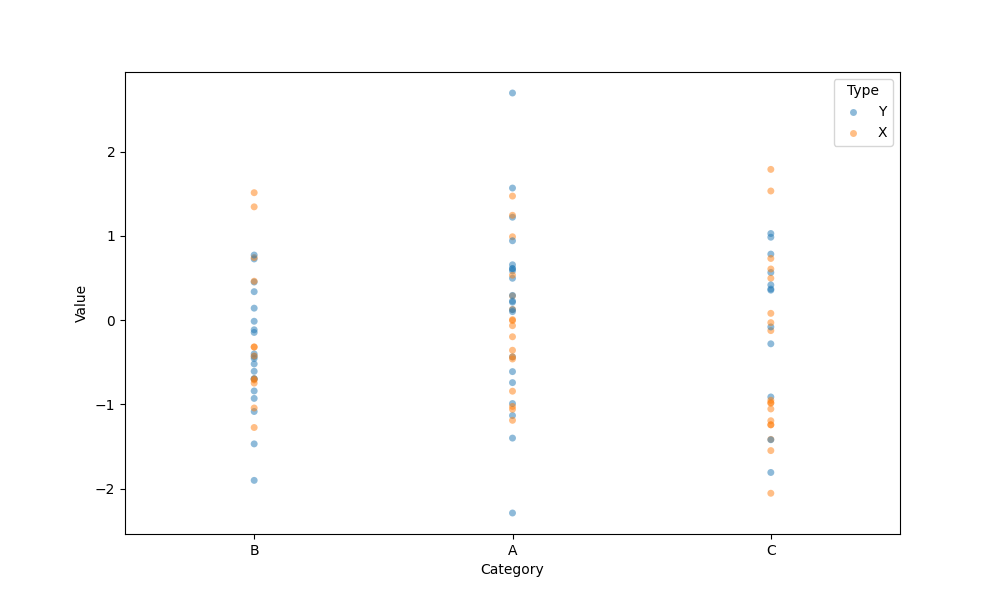
python, seaborn, stripplot, jitter=False, dodge=False, alpha=0.5, size=5